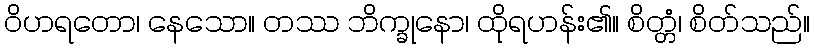
ဝိဟရတော၊ နေသော။ တဿ ဘိက္ခုနော၊ ထိုရဟန်း၏။ စိတ္တံ၊ စိတ်သည်။